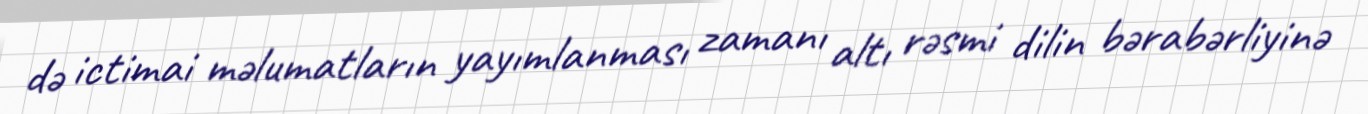
də ictimai məlumatların yayımlanması zamanı altı rəsmi dilin bərabərliyinə